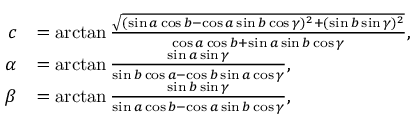
{ \begin{array} { r l } { c } & { = \arctan { \frac { \sqrt { ( \sin a \cos b - \cos a \sin b \cos \gamma ) ^ { 2 } + ( \sin b \sin \gamma ) ^ { 2 } } } { \cos a \cos b + \sin a \sin b \cos \gamma } } , } \\ { \alpha } & { = \arctan { \frac { \sin a \sin \gamma } { \sin b \cos a - \cos b \sin a \cos \gamma } } , } \\ { \beta } & { = \arctan { \frac { \sin b \sin \gamma } { \sin a \cos b - \cos a \sin b \cos \gamma } } , } \end{array} }